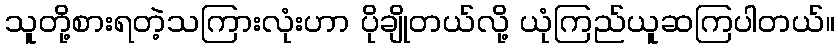
သူတို့စားရတဲ့သကြားလုံးဟာ ပိုချိုတယ်လို့ ယုံကြည်ယူဆကြပါတယ်။